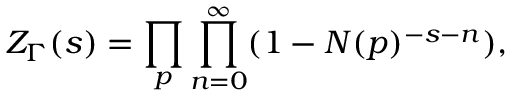
Z _ { \Gamma } ( s ) = \prod _ { p } \prod _ { n = 0 } ^ { \infty } ( 1 - N ( p ) ^ { - s - n } ) ,